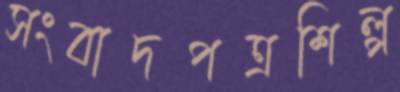
সংবাদপত্রশিল্প